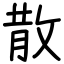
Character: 散